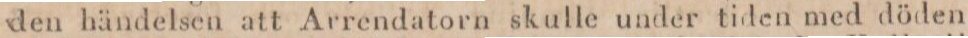
den händelsen att Arrendatorn skulle under tiden med döden